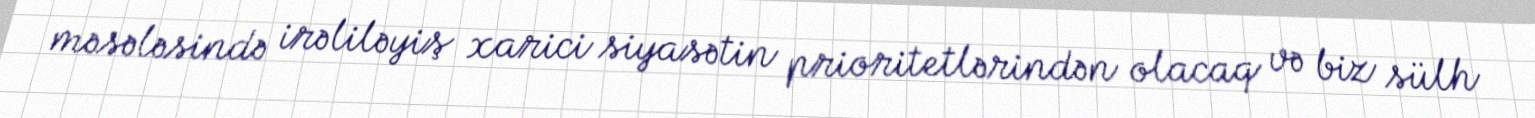
məsələsində irəliləyiş xarici siyasətin prioritetlərindən olacaq və biz sülh